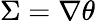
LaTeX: \Sigma=\nabla\theta